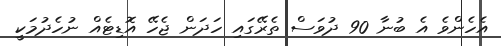
އެހެންވެ އެ ބުނާ 90 ދުވަސް ތެރޭގައި ހަދަން ޖެހޭ އޮޑިޓެއް ނުހެދުމަކީ